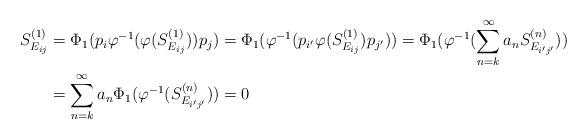
LaTeX: \begin{align*}S^{(1)}_{E_{ij}} & = \Phi_1(p_{i} \varphi^{-1}(\varphi(S^{(1)}_{E_{ij}})) p_{j}) = \Phi_1(\varphi^{-1}(p_{i'} \varphi(S^{(1)}_{E_{ij}})p_{j'})) = \Phi_1(\varphi^{-1}(\sum^{\infty}_{n=k}a_nS^{(n)}_{E_{i'j'}}))\\& = \sum^{\infty}_{n=k}a_n\Phi_1(\varphi^{-1}(S^{(n)}_{E_{i'j'}})) = 0\end{align*}